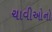
ચાવીઓનો